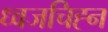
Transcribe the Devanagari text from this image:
ध्वजचिह्न